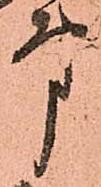
第